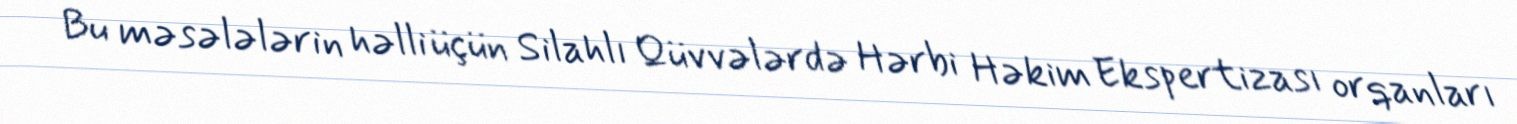
Bu məsələlərin həlli üçün Silahlı Qüvvələrdə Hərbi Həkim Ekspertizası orqanları